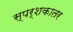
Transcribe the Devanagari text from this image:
स्पर्शकातर